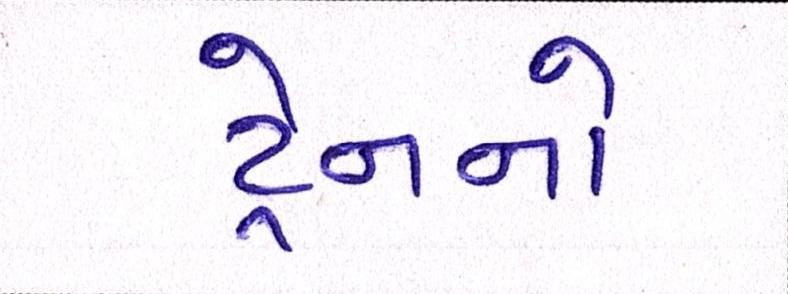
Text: ટ્રેનનો